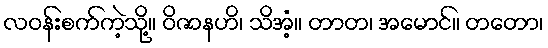
လဝန်းစက်ကဲ့သို့။ ဝိဇာနဟိ၊ သိအံ့။ တာတ၊ အမောင်။ တတော၊